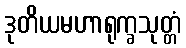
ဒုတိယမဟာရုက္ခသုတ္တံ